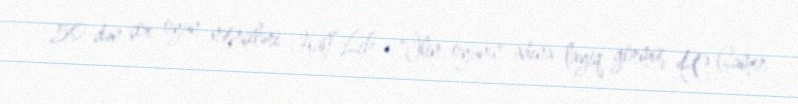
50-dən çox oyun nəşrçiləri Half-Life-ı "İlin oyunu" adına layiq görmüş PC Gamer